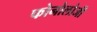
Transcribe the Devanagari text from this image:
फोनोलोजी